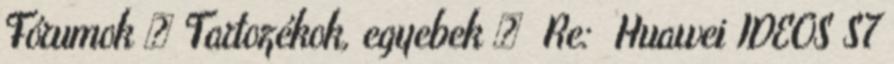
Fórumok » Tartozékok, egyebek » Re: Huawei IDEOS S7